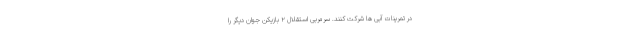
در تمرینات آبی ها شرکت کنند. سرمربی استقلال ۲ بازیکن جوان دیگر را